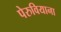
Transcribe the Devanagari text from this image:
पेरुवियाना